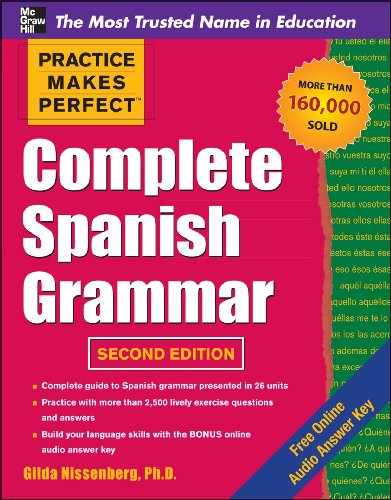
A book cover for Practice Makes Perfect Complete Spanish Grammar, 2nd Edition (Practice Makes Perfect Series); Gilda Nissenberg; Reference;